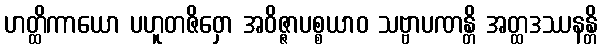
ဟတ္ထိကာယော ပဟူတဇိဝှော အဝိဇ္ဇာပစ္စယာဝ သဗ္ဗာပဏန္တိ အတ္ထဒဿနန္တိ